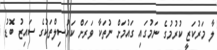
ލާ މަރުކަޒީ ކުރުމުގެ ނަމުގައި ގައުމަށް ނުތަކާ ވަރަށް ކައުސިލްތަކުގެ ސައިޒު ބޮޑު